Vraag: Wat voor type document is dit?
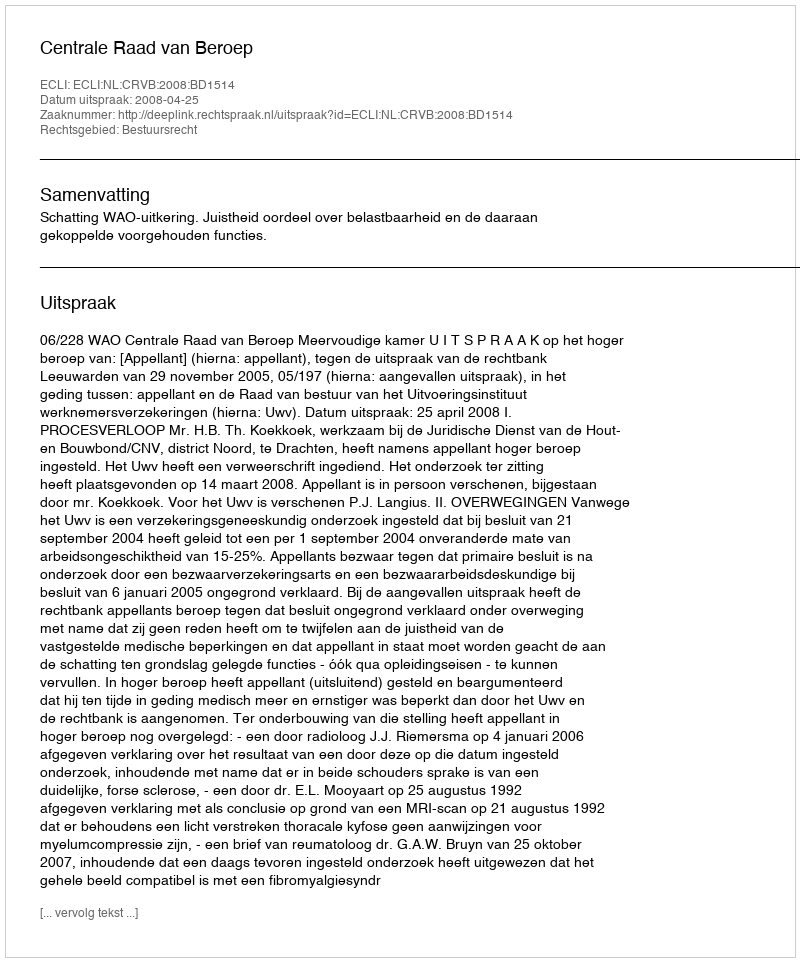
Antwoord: Uitspraak